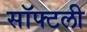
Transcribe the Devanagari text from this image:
सॉफ्टली